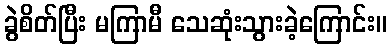
ခွဲစိတ်ပြီး မကြာမီ သေဆုံးသွားခဲ့ကြောင်း။